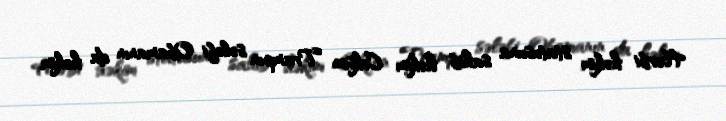
Hərbi həkim statusuna sahib həkim Cekson Trampın sələfi Obamanın da həkim